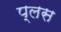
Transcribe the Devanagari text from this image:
प्‍लस